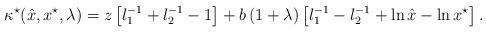
LaTeX: \begin{align*}\kappa^\star(\hat{x},x^{\star},\lambda)=z\left[l_1^{-1}+l_2^{-1}-1\right]+b\left(1+\lambda\right)\left[l_1^{-1}-l_2^{-1}+\ln{\hat{x}}-\ln{x^\star}\right]. \end{align*}